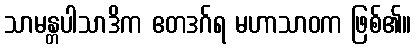
သာမန္တပါသာဒိက ဧတဒဂ်ရ မဟာသာဝက ဖြစ်၏။